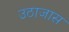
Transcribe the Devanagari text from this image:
उठाजास